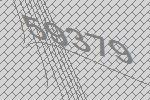
59379